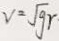
v = \sqrt { g } r